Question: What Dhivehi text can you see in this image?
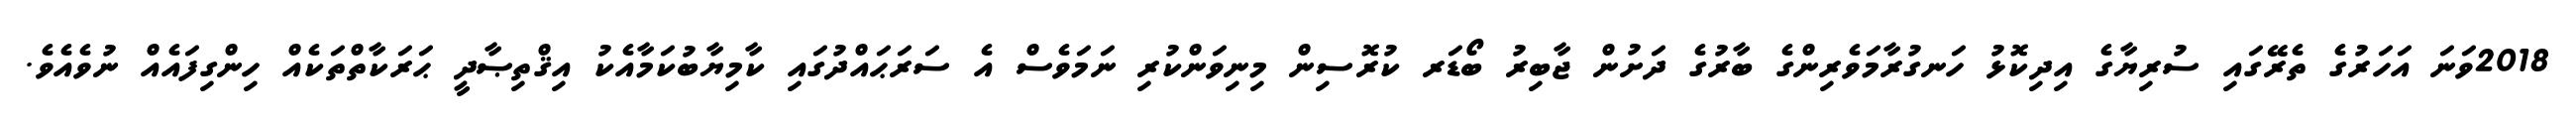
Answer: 2018ވަނަ އަހަރުގެ ތެރޭގައި ސުރިޔާގެ އިދިކޮޅު ހަނގުރާމަވެރިންގެ ބާރުގެ ދަށުން ޖާބިރު ބޯޑަރ ކުރޮސިން މިނިވަންކުރި ނަމަވެސް އެ ސަރަޙައްދުގައި ކާމިޔާބުކަމާއެކު އިޤްތިޞާދީ ޙަރަކާތްތަކެއް ހިންގިފައެއް ނުވެއެވެ.